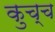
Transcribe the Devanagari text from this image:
कुच्च